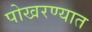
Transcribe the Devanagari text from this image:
पोखरण्यात